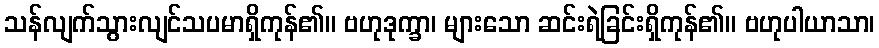
သန်လျက်သွားလျင်သပမာရှိကုန်၏။ ဗဟုဒုက္ခာ၊ များသော ဆင်းရဲခြင်းရှိကုန်၏။ ဗဟုပါယာသာ၊